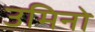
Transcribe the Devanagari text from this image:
उमिनो